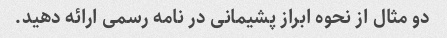
دو مثال از نحوه ابراز پشیمانی در نامه رسمی ارائه دهید.